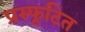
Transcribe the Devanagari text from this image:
प्रस्फूटित